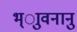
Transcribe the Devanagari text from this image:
भ्ाुवनानु